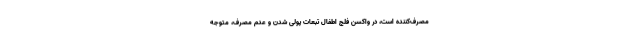
مصرف‌کننده است، در واکسن فلج اطفال تبعات پولی شدن و عدم مصرف، متوجه